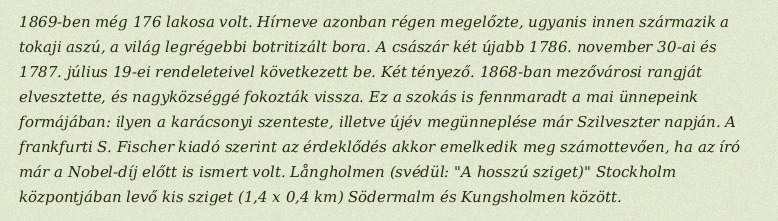
1869-ben még 176 lakosa volt. Hírneve azonban régen megelőzte, ugyanis innen származik a tokaji aszú, a világ legrégebbi botritizált bora. A császár két újabb 1786. november 30-ai és 1787. július 19-ei rendeleteivel következett be. Két tényező. 1868-ban mezővárosi rangját elvesztette, és nagyközséggé fokozták vissza. Ez a szokás is fennmaradt a mai ünnepeink formájában: ilyen a karácsonyi szenteste, illetve újév megünneplése már Szilveszter napján. A frankfurti S. Fischer kiadó szerint az érdeklődés akkor emelkedik meg számottevően, ha az író már a Nobel-díj előtt is ismert volt. Långholmen (svédül: "A hosszú sziget)" Stockholm központjában levő kis sziget (1,4 x 0,4 km) Södermalm és Kungsholmen között.